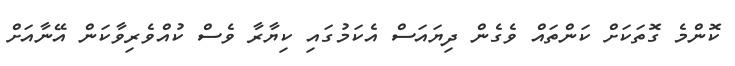
ކޮންމެ ގޮތަކަށް ކަންތައް ވެގެން ދިޔައަސް އެކަމުގައި ކިޔާރާ ވެސް ކުއްވެރިވާކަން އޭނާއަށް